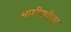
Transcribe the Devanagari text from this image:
भागीरथीवर